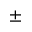
\pm